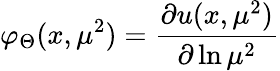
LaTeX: \varphi_{\Theta}(x,\mu^{2})=\frac{\partial u(x,\mu^{2})}{\partial\ln\mu^{2}}